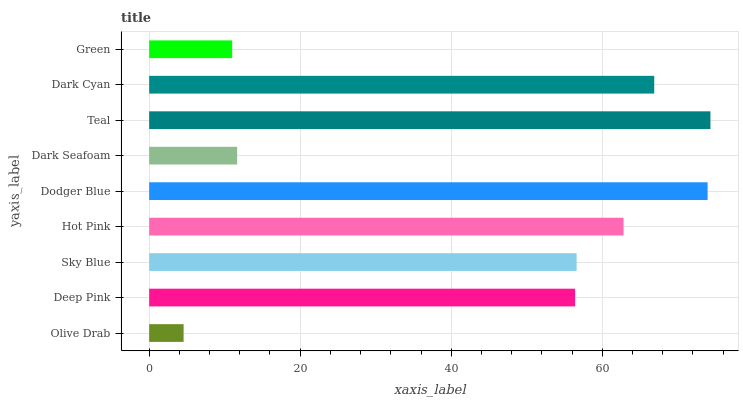
| yaxis_label | bars |
 | --- | --- |
 | Olive Drab | 4.56 |
 | Deep Pink | 56.4 |
 | Sky Blue | 56.6 |
 | Hot Pink | 62.8 |
 | Dodger Blue | 74 |
 | Dark Seafoam | 11.7 |
 | Teal | 74.3 |
 | Dark Cyan | 66.9 |
 | Green | 11 |